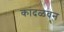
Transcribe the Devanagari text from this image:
कांदळवन